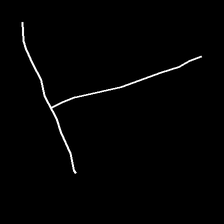
Glyph: column